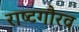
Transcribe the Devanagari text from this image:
राष्‍टगौरव